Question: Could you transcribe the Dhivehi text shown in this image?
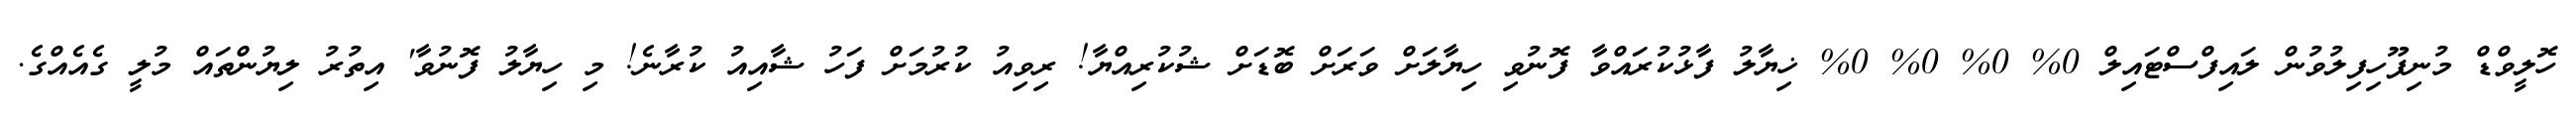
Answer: ހޮލީވްޑް މުނިފޫހިފިލުވުން ލައިފްސްޓައިލް 0% 0% 0% 0% ޚިޔާލު ފާޅުކުރައްވާ ފޮނުވި ހިޔާލަށް ވަރަށް ބޮޑަށް ޝުކުރިއްޔާ! ރިވިއު ކުރުމަށް ފަހު ޝާއިއު ކުރާނެ! މި ހިޔާލު ފޮނުވާ' އިތުރު ލިޔުންތައް މުލީ ގެއެއްގެ.